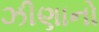
ઝીણાનો